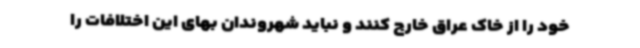
خود را از خاک عراق خارج کنند و نباید شهروندان بهای این اختلافات را